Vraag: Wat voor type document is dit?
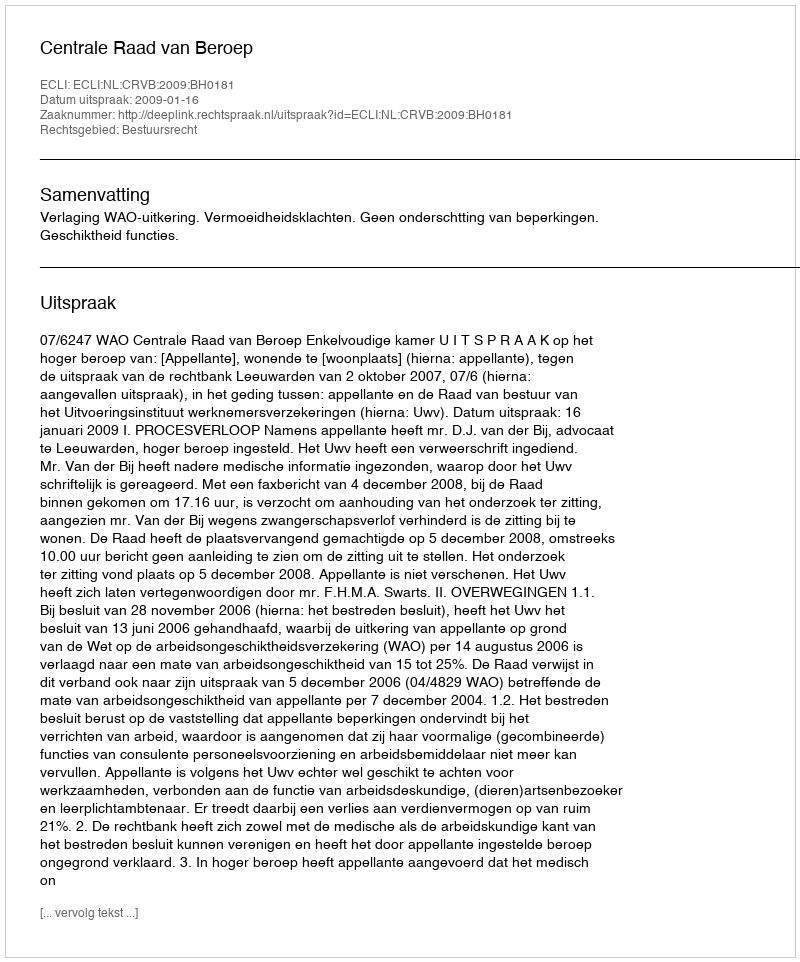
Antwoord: Uitspraak